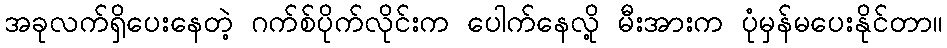
အခုလက်ရှိပေးနေတဲ့ ဂက်စ်ပိုက်လိုင်းက ပေါက်နေလို့ မီးအားက ပုံမှန်မပေးနိုင်တာ။